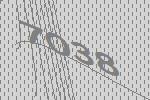
7038